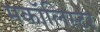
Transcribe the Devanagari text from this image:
मकॉलिस्टर